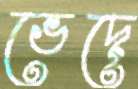
ভেদে